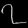
Digit: ၇